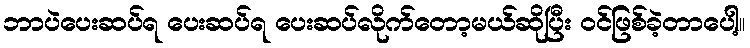
ဘာပဲပေးဆပ်ရ ပေးဆပ်ရ ပေးဆပ်လိုက်တော့မယ်ဆိုပြီး ဝင်ဖြစ်ခဲ့တာပေါ့။